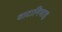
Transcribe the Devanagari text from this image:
वाटानियाह